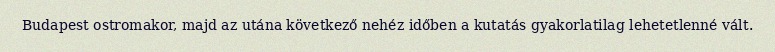
Budapest ostromakor, majd az utána következő nehéz időben a kutatás gyakorlatilag lehetetlenné vált.